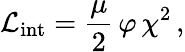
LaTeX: {\cal L}_{\mathrm{int}}=\frac{\mu}{2}\, \varphi\, \chi^{2}\, ,